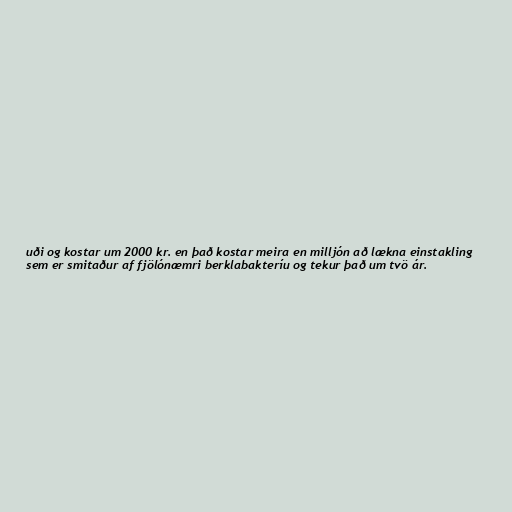
uði og kostar um 2000 kr. en það kostar meira en milljón að lækna einstakling
sem er smitaður af fjölónæmri berklabakteríu og tekur það um tvö ár.